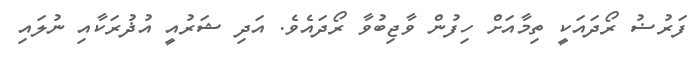
ފަރުޟު ރޯދައަކީ ތިމާއަށް ހިފުން ވާޖިބުވާ ރޯދައެވެ. އަދި ޝަރުއީ އުޛުރަކާއި ނުލައި